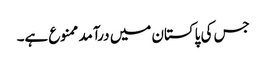
جس کی پاکستان میں درآمد ممنوع ہے۔